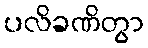
ပလိခဏိတွာ